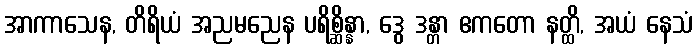
အာကာသေန, တိရိယံ အညမညေန ပရိစ္ဆိန္နာ, ဒွေ ဒန္တာ ဧကတော နတ္ထိ, အယံ နေသံ